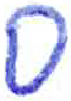
אות: ס